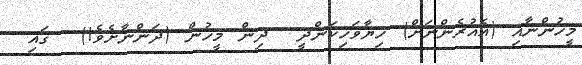
މީހުންނާއި (އެއުރެންނަށް) ހިޔާވަހިކަންދީ  ދިން މީހުން (ދަންނާށެވެ!)  ގައި